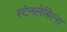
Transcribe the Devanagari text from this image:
स्टेनलेबिल्स